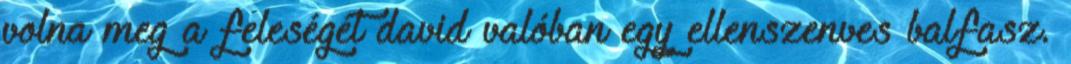
volna meg a feleségét david valóban egy ellenszenves balfasz.